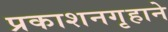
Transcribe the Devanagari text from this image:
प्रकाशनगृहाने